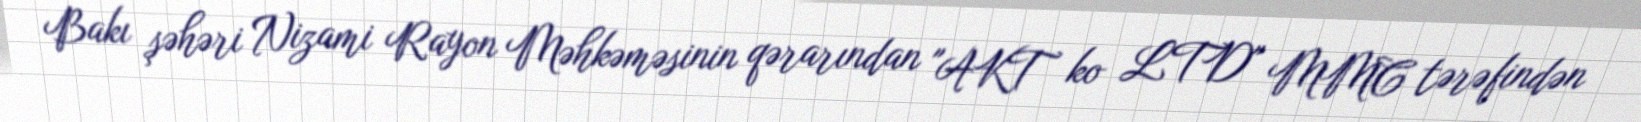
Bakı şəhəri Nizami Rayon Məhkəməsinin qərarından "AKT ko LTD" MMC tərəfindən